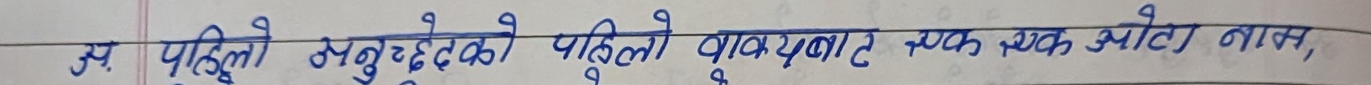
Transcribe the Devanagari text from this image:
ज पहिलो अनुच्छेदको पहिलो वाक्यबाट एक ओटा नाम,